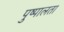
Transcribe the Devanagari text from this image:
पुष्पालता